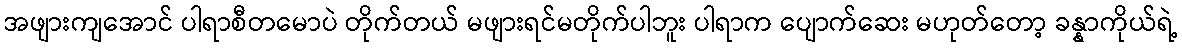
အဖျားကျအောင် ပါရာစီတမောပဲ တိုက်တယ် မဖျားရင်မတိုက်ပါဘူး ပါရာက ပျောက်ဆေး မဟုတ်တော့ ခန္နာကိုယ်ရဲ့